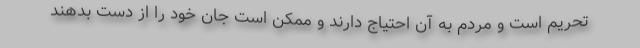
تحریم است و مردم به آن احتیاج دارند و ممکن است جان خود را از دست بدهند